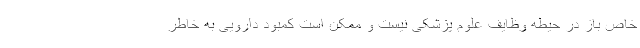
خاص باز در حیطه وظایف علوم پزشکی نیست و ممکن است کمبود دارویی به خاطر